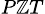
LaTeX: _{P\mathbb{Z}T}